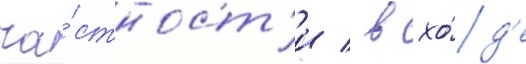
ча́стност'и / в хо́д'е